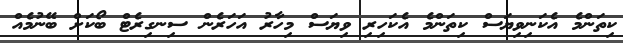
ކިތަންމެ އެކަނިވިޔަސް ކިތަންމެ އެކަހިރި ވިޔަސް މިހާރު އަހަރެން ސިނގިރެޓް ބޯކަށް ބޭނުމެއް